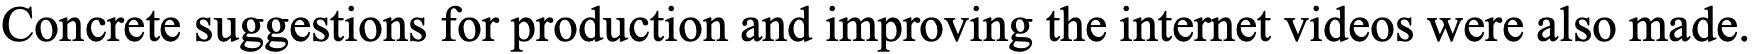
Concrete suggestions for production and improving the internet videos were also made.